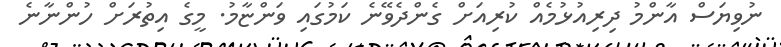
ނުވިޔަސް އާންމު ދިރިއުޅުމެއް ކުރިއަށް ގެންދެވޭނެ ކަމުގައި ވަންޏާމު. މީގެ އިތުރަށް ހުންނާނެ